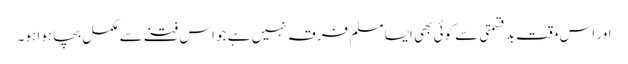
اور اس وقت بدقسمتی سے کوئی بھی ایسا مسلم فرقہ نہیں ہے جو اس فتنے سے مکمل بچا ہوا ہو۔